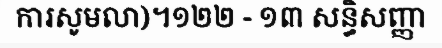
ការសូមលា)។១២២ - ១៣ សន្ធិសញ្ញា